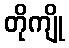
တိုကျို